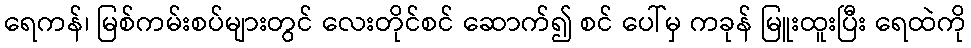
ရေကန်၊ မြစ်ကမ်းစပ်များတွင် လေးတိုင်စင် ဆောက်၍ စင် ပေါ်မှ ကခုန် မြူးထူးပြီး ရေထဲကို